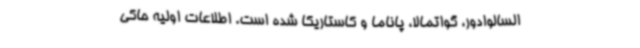
السالوادور، گواتمالا، پاناما و کاستاریکا شده است. اطلاعات اولیه حاکی